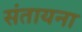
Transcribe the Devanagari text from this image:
संतायना